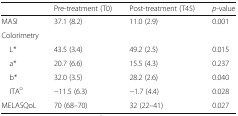
<table><thead><tr><td></td><td><b>Pre-treatment (T0)</b></td><td><b>Post-treatment (T45)</b></td><td><b><i>p</i>-value</b></td></tr></thead><tbody><tr><td>MASI</td><td>37.1 (8.2)</td><td>11.0 (2.9)</td><td>0.001</td></tr><tr><td colspan="4">Colorimetry</td></tr><tr><td> L*</td><td>43.5 (3.4)</td><td>49.2 (2.5)</td><td>0.015</td></tr><tr><td> a*</td><td>20.7 (6.6)</td><td>15.5 (4.3)</td><td>0.237</td></tr><tr><td> b*</td><td>32.0 (3.5)</td><td>28.2 (2.6)</td><td>0.040</td></tr><tr><td> ITA<sup>o</sup></td><td>−11.5 (6.3)</td><td>−1.7 (4.4)</td><td>0.028</td></tr><tr><td>MELASQoL</td><td>70 (68–70)</td><td>32 (22–41)</td><td>0.027</td></tr></tbody></table>